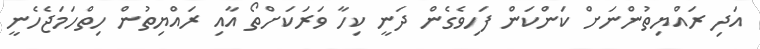
އަދި ރައްޔިތުންނަށް ކަންކަން ފަހިވެގެން ދަނީ ކިހާ ވަރަކަށްތޯ އާއި ރައްޔިތުން ހިތްހަމަޖެހެނީ